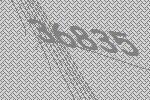
36835